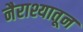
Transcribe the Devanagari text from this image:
नैराश्यातून